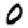
Digit: 0